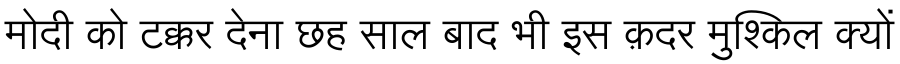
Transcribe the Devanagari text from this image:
मोदी को टक्कर देना छह साल बाद भी इस क़दर मुश्किल क्यों